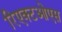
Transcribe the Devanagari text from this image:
रिएक्टओएस